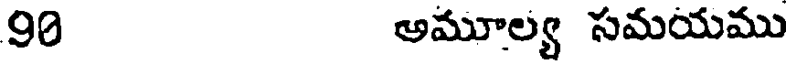
90 అమూల్య సమయము